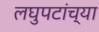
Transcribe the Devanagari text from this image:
लघुपटांच्या